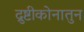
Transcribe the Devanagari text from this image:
द्रुष्टीकोनातुन